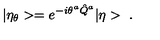
| \eta _ { \theta } > = e ^ { - i \theta ^ { a } \hat { Q } ^ { a } } | \eta > \ .